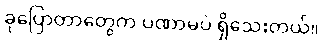
ခုပြောတာတွေက ပဏာမပဲ ရှိသေးတယ်။